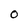
Character: 0